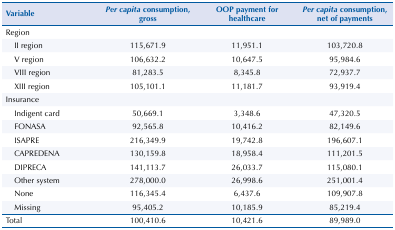
| Variable | Per capita consumption, gross | OOP payment for healthcare | Per capita consumption, net of payments |
 | --- | --- | --- | --- |
 | Region |  |  |  |
 | II region | 115,671.9 | 11,951.1 | 103,720.8 |
 | V region | 106,632.2 | 10,647.5 | 95,984.6 |
 | VIII region | 81,283.5 | 8,345.8 | 72,937.7 |
 | XIII region | 105,101.1 | 11,181.7 | 93,919.4 |
 | Insurance |  |  |  |
 | Indigent card | 50,669.1 | 3,348.6 | 47,320.5 |
 | FONASA | 92,565.8 | 10,416.2 | 82,149.6 |
 | ISAPRE | 216,349.9 | 19,742.8 | 196,607.1 |
 | CAPREDENA | 130,159.8 | 18,958.4 | 111,201.5 |
 | DIPRECA | 141,113.7 | 26,033.7 | 115,080.1 |
 | Other system | 278,000.0 | 26,998.6 | 251,001.4 |
 | None | 116,345.4 | 6,437.6 | 109,907.8 |
 | Missing | 95,405.2 | 10,185.9 | 85,219.4 |
 | Total | 100,410.6 | 10,421.6 | 89,989.0 |